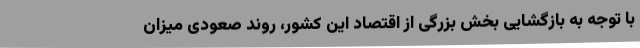
با توجه به بازگشایی بخش بزرگی از اقتصاد این کشور، روند صعودی میزان